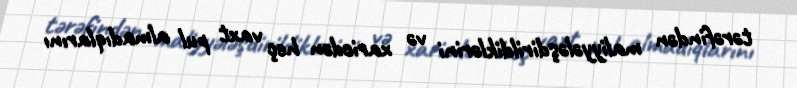
tərəfindən maliyyələşdirildiklərini və xaricdən heç vaxt pul almadıqlarını